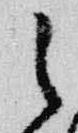
之